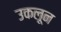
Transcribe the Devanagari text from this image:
उकलून